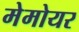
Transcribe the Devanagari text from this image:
मेमोयर